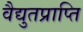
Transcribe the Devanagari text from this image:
वैद्युतप्राप्ति